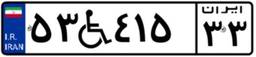
۵۳W۴۱۵۳۳